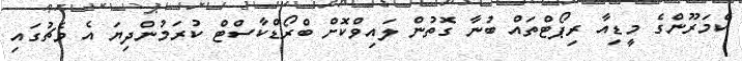
ކެމަރޫންގެ މީޑިއާ ރިޕޯޓްތައް ބުނާ ގޮތުން ލައިވްކޮށް ބްރޯޑްކާސްޓް ކުރަމުންދިޔަ އެ މެޗުގައި